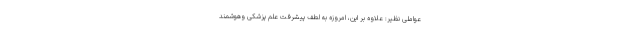
عواملی نظیر: علاوه بر این، امروزه به لطف پیشرفت علم پزشکی وهوشمند